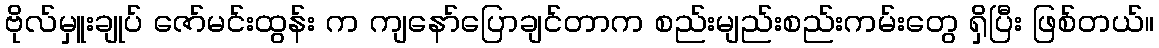
ဗိုလ်မှူးချုပ် ဇော်မင်းထွန်း က ကျနော်ပြောချင်တာက စည်းမျည်းစည်းကမ်းတွေ ရှိပြီး ဖြစ်တယ်။